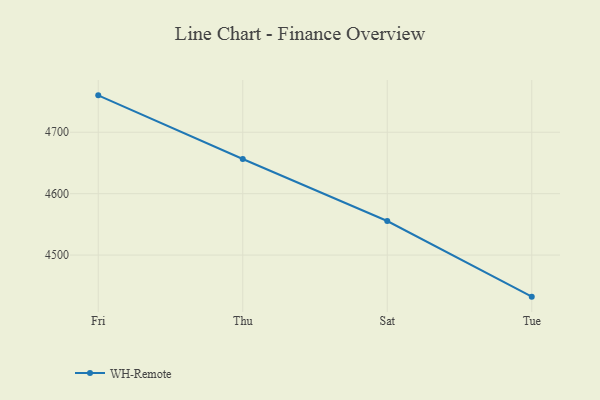
{"axis": {"x": "Day", "y": "Backlog"}, "legend": ["WH-Remote"], "data": [{"x": "Fri", "y": 4760.1, "type": "WH-Remote"}, {"x": "Thu", "y": 4656.4, "type": "WH-Remote"}, {"x": "Sat", "y": 4555.5, "type": "WH-Remote"}, {"x": "Tue", "y": 4432.3, "type": "WH-Remote"}]}